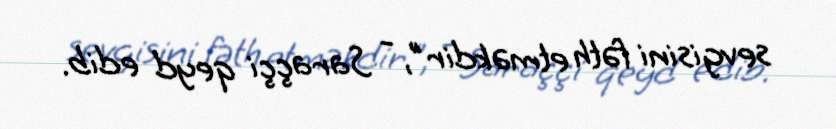
sevgisini fəth etməkdir", - Saraççi qeyd edib.